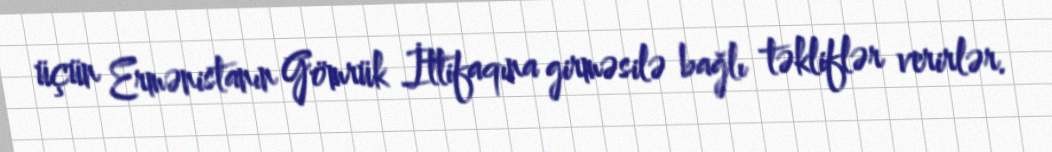
üçün Ermənistanın Gömrük İttifaqına girməsilə bağlı təkliflər verirlər.